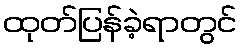
ထုတ်ပြန်ခဲ့ရာတွင်